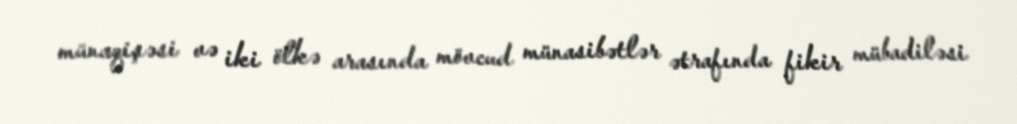
münaqişəsi və iki ölkə arasında mövcud münasibətlər ətrafında fikir mübadiləsi